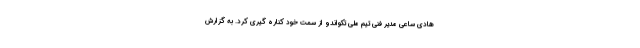
هادی ساعی مدیر فنی تیم ملی تکواندو از سمت خود کناره گیری کرد. به گزارش